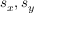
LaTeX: s _ { x } , s _ { y }